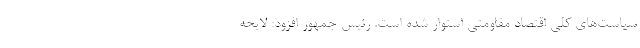
سیاست‌های کلی اقتصاد مقاومتی استوار شده است. رئیس جمهور افزود: لایحه